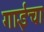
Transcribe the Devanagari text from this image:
गाईचा